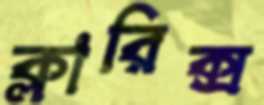
ক্লারিক্স